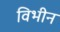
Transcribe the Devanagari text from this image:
विभीन